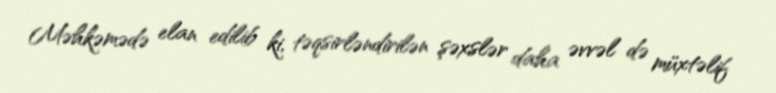
Məhkəmədə elan edilib ki, təqsirləndirilən şəxslər daha əvvəl də müxtəlif